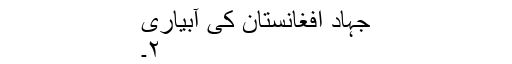
جہاد افغانستان کی آبیاری
۲۔